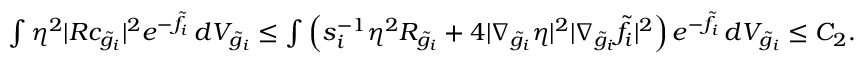
\begin{array} { r } { \int \eta ^ { 2 } | R c _ { \tilde { g } _ { i } } | ^ { 2 } e ^ { - \tilde { f } _ { i } } \, d V _ { \tilde { g } _ { i } } \le \int \left( s _ { i } ^ { - 1 } \eta ^ { 2 } R _ { \tilde { g } _ { i } } + 4 | \nabla _ { \tilde { g } _ { i } } \eta | ^ { 2 } | \nabla _ { \tilde { g } _ { i } } \tilde { f } _ { i } | ^ { 2 } \right) e ^ { - \tilde { f } _ { i } } \, d V _ { \tilde { g } _ { i } } \le C _ { 2 } . } \end{array}